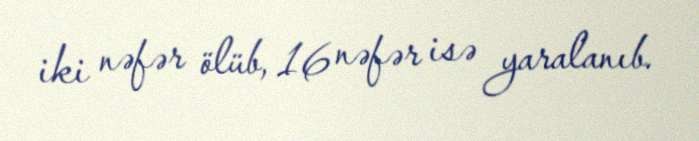
iki nəfər ölüb, 16 nəfər isə yaralanıb.